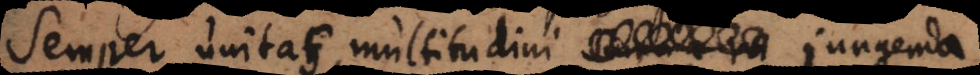
Semper unitas multitudini – jungenda